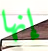
إنها